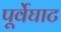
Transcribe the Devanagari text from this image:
पूर्वेघाट